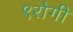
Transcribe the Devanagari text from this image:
९रोगी